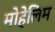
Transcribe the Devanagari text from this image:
मोहेलिम